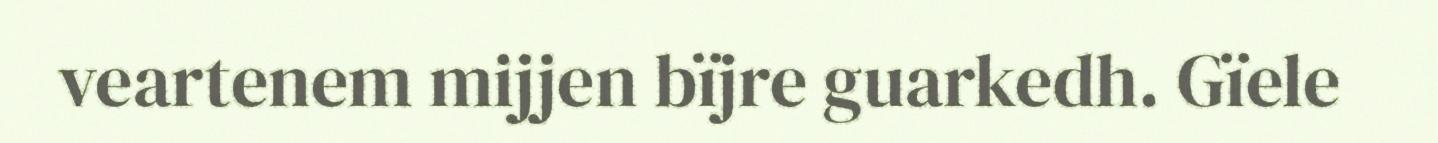
veartenem mijjen bïjre guarkedh. Gïele